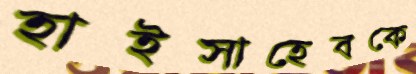
হাইসাহেবকে